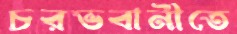
চরভবানীতে